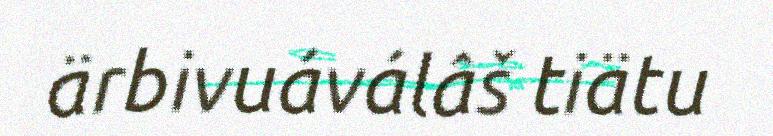
ärbivuáválâš tiätu